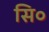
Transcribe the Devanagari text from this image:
सि०